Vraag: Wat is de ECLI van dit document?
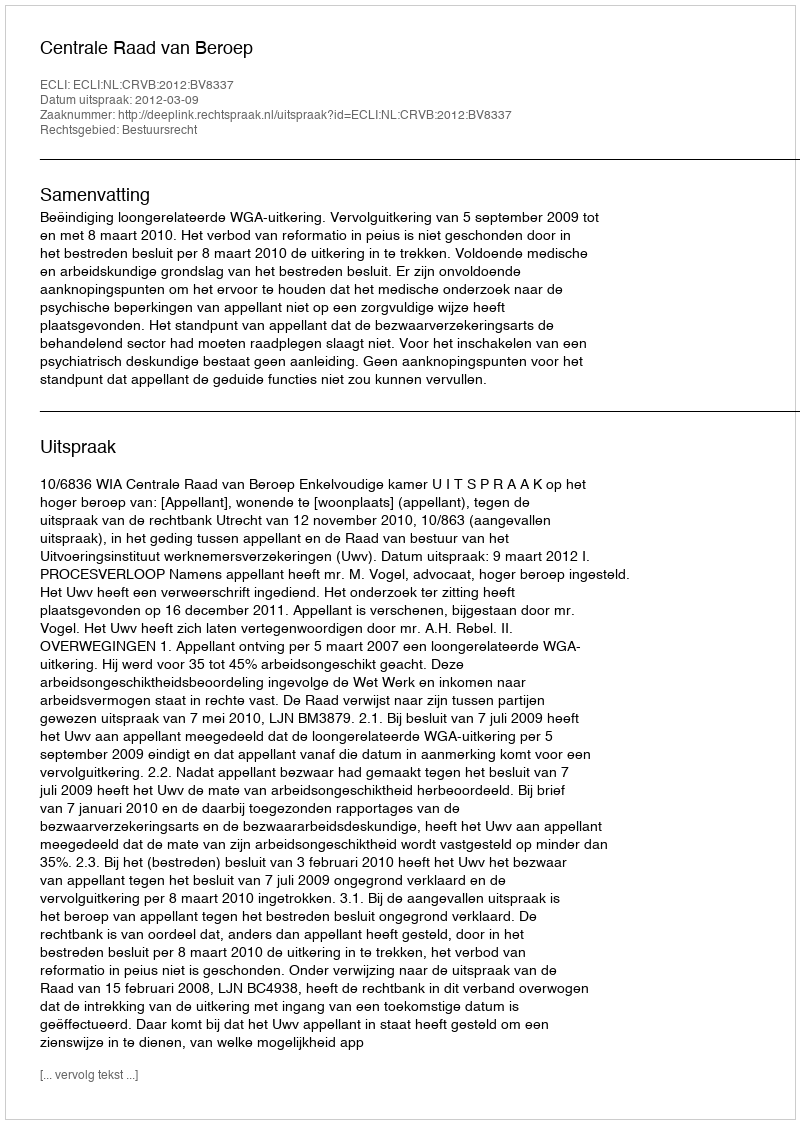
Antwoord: ECLI:NL:CRVB:2012:BV8337